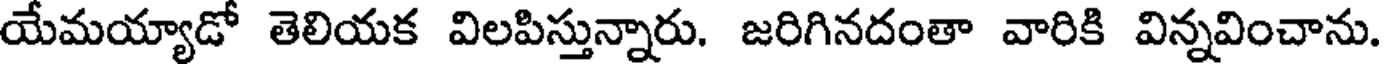
యేమయ్యాడో తెలియక విలపిస్తున్నారు. జరిగినదంతా వారికి విన్నవించాను.